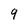
Character: 9